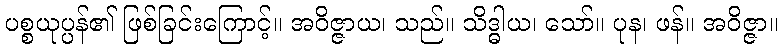
ပစ္စယုပ္ပန်၏ ဖြစ်ခြင်းကြောင့်။ အဝိဇ္ဇာယ၊ သည်။ သိဒ္ဓါယ၊ သော်။ ပုန၊ ဖန်။ အဝိဇ္ဇာ။